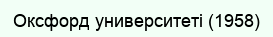
Оксфорд университеті (1958)